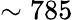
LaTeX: \sim 785